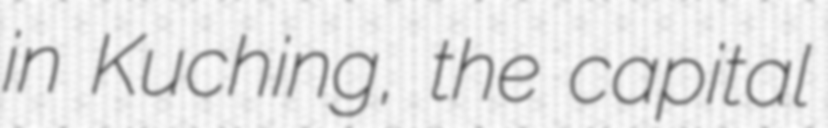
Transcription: in Kuching, the capital